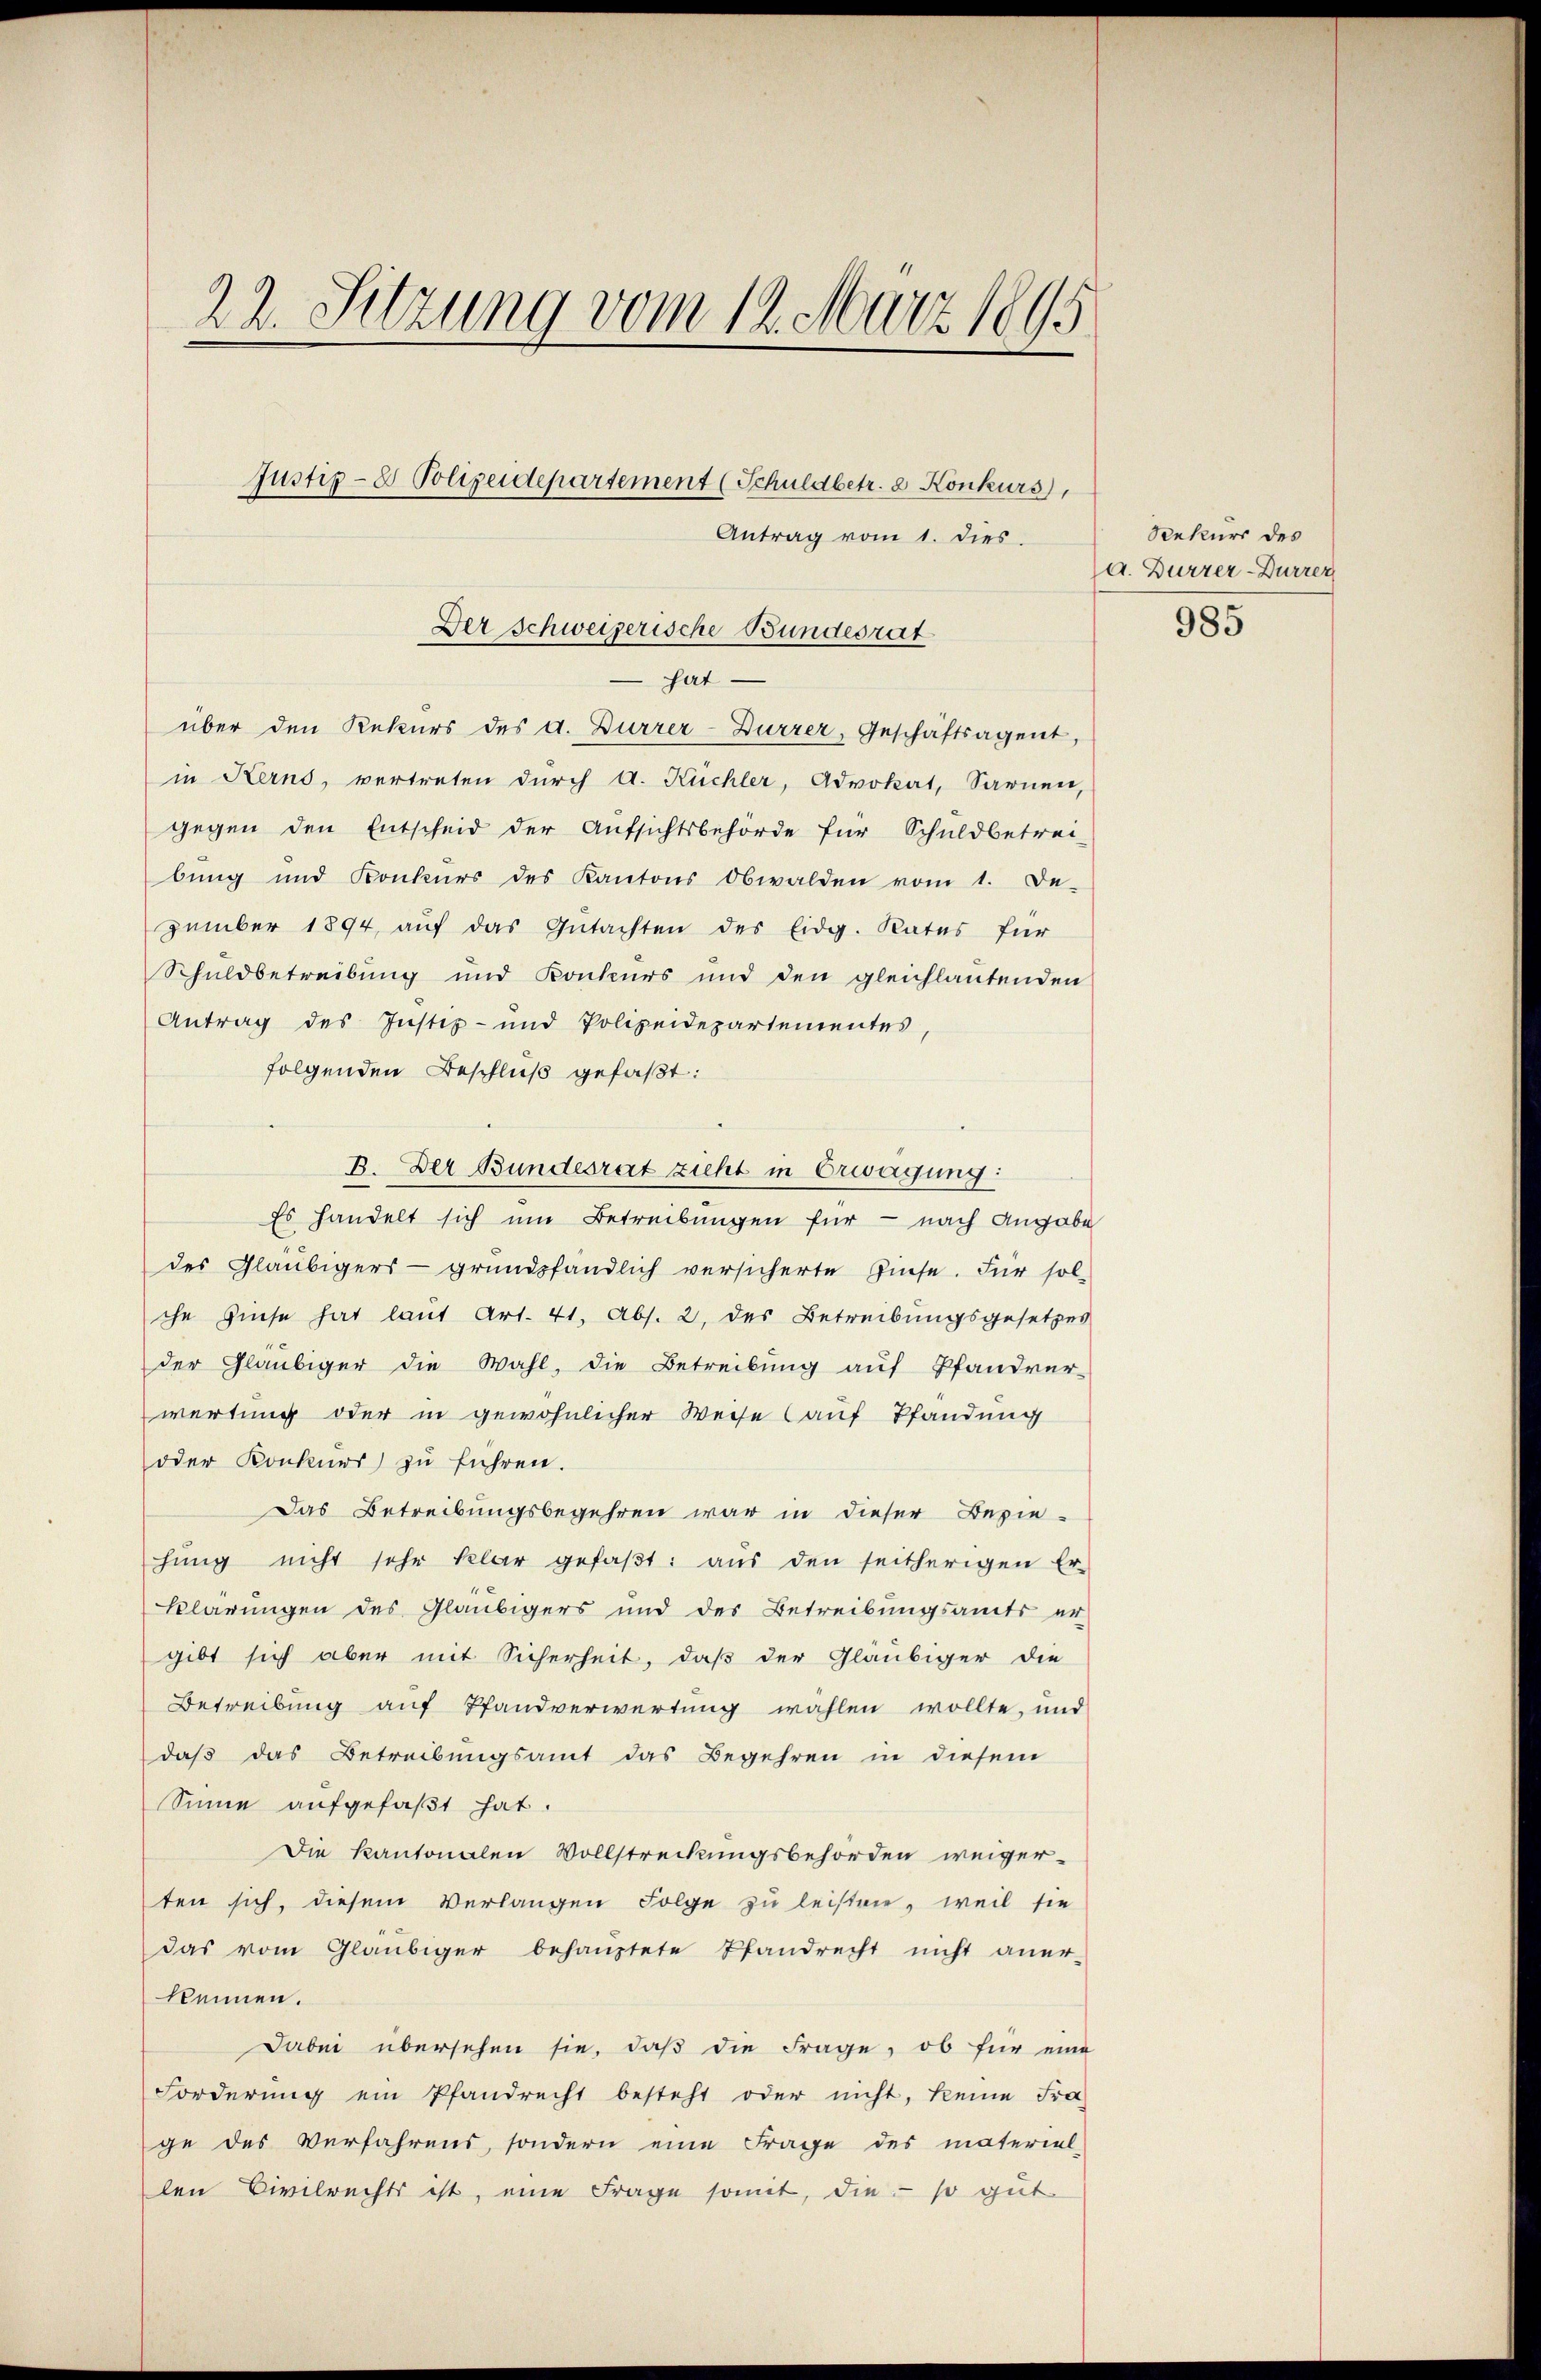
22. Sitzung vom 19. März 1895
Justiz- & Polizeidepartement (Schuldbetr. 2 Konkurs,
Antrag vom 1. dies

über den Rekurs des a. Dürrer- Dürrer, Geschäftsagent,
in Kerns, vertreten durch A. Kuchler, Advokat, Sarnen,
gegen den Entscheid der Aufsichtsbehörde für Schuldbetrei-
bung und Konkurs des Kantons Obwalden vom 1. De-
zember 1894, aŭf das Gŭtachten des Eidg. Rates für
Schuldbetreibung und Konkurs und den gleichlautenden
Antrag des Justiz- und Polizeidepartementes,
folgenden Beschluß gefaßt:
B. Der Bundesrat zieht in Erwägung:
Es handelt sich um Betreibungen für – nach Angabe
des Gläubigers - grundpfändlich versicherte Zinse. Für sol-
che Zinse hat laut Art. 41, Abs. 2, des Betreibungsgesetzes
der Gläubiger die Wahl, die Betreibung auf Pfandver-
wertung oder in gewöhnlicher Weise auf Pfandung
oder Konkurs zu führen.
Das Betreibungsbegehren war in dieser Bezie-
hŭng nicht sehr klar gefaβt: aus den seitherigen Er-
klärungen des Gläubigers und des Betreibungsamts er
gibt sich aber mit Sicherheit, daß der Gläubiger die
Betreibung auf Pfandverwertung wählen wollte, und
daβ das Betreibungsamt das Begehren in diesem
Sinne aufgefaßt hat.
Die Kantonalen Vollstreckungsbehörden weiger-
ten sich, diesem Verlangen Folge zu leistere, weil sie
das vom Gläubiger behauptete Pfandrecht nicht aner-
kennen.
Dabei übersehen sie, daß die Frage, ob für eine
Forderŭng ein Pfandrecht besteht oder nicht, keine Fra-
ge des Verfahrens, sondern eine Frage des material-
len Civilrechts ist, eine Frage somit, die so gut

Der Schweizerische Bundesrat
hat

Seekurs des
a. Durzer-Durrer
985